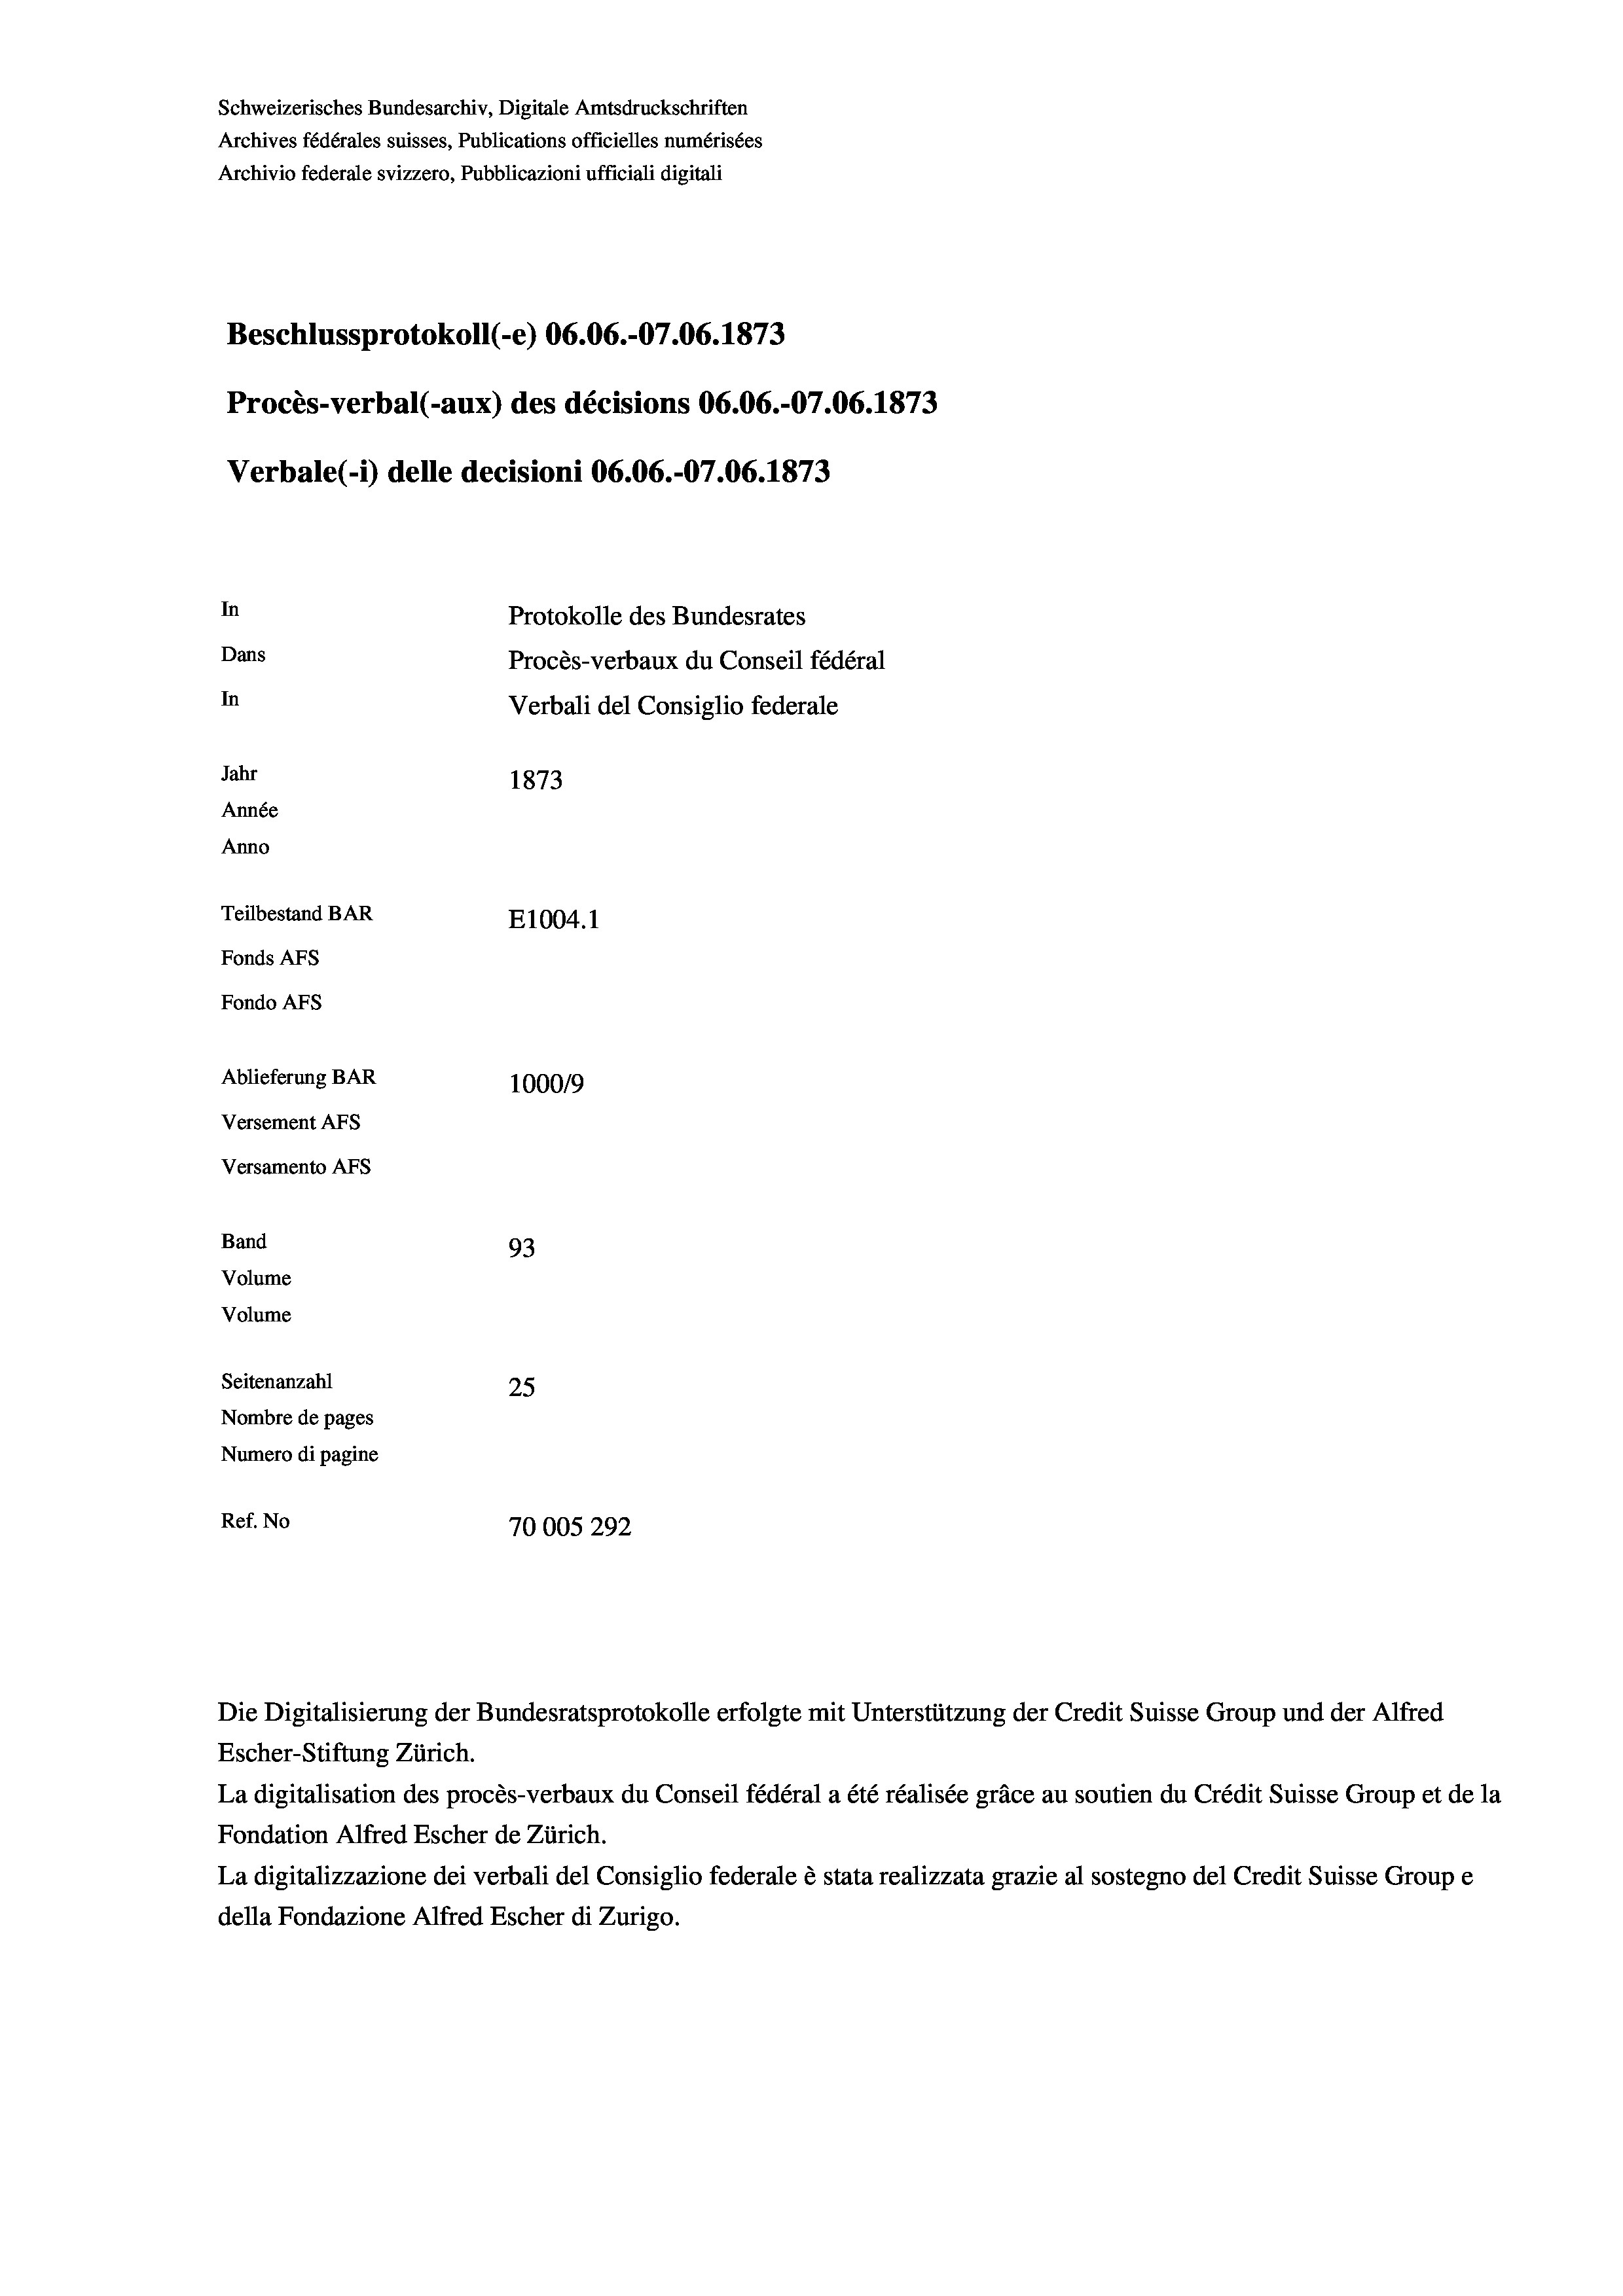
Schweizerisches Bundesarchiv, Digitale Amtsdruckschriften
Archives fédérales suisses, Publications officielles numérisées
Archivio federale svizzero, Pubblicazioni ufficiali digitali
Beschlussprotokoll (-e) 06.06.-07.06. 1873
Procès-verbal (-aux) des décisions 06.06.-07.06. 1873
Verbale (1) delle decisioni 06.06.-07.06. 1873
In
Protokolle des Bundesrates
Dans
Procès-verbaux du Conseil fédéral
In
Verbali del Consiglio federale
Jahr
1873
Année
Anno
Teilbestand BAR
E1004. 1
Fonds AFs
Fondo AFs
Ablieferung BAR
100019
Versement AFs
Versamento Afs
Band
93
Volume
Volume
x
Seitenanzahl
25
Nombre de pages
Numero di pagine
Ref. No
70005 292

Escher-Stiftung Zürich.
La digitalisation des procès-verbaux du Conseil fédéral a été réalisée gräce au soutien du Crédit Suisse Group et de la
Fondation Alfred Escher de Zürich.
La digitalizzazione dei verbali del Consiglio federale è stata realizzata grazie al sostegno del Credit Suisse Groupe
della Fondazione Alfred Escher di Zurigo.

Die Digitalisierung der Bundesratsprotokolle erfolgte mit Unterstützung der Credit Suisse Group und der Alfred